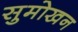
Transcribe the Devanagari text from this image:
सुमोखन